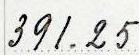
391.25